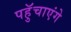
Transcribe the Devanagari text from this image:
पहुॅचाएंगे